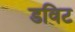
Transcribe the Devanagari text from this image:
डविट